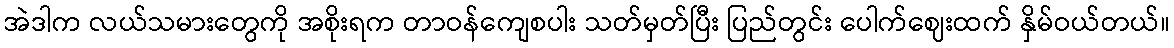
အဲဒါက လယ်သမားတွေကို အစိုးရက တာဝန်ကျေစပါး သတ်မှတ်ပြီး ပြည်တွင်း ပေါက်ဈေးထက် နှိမ်ဝယ်တယ်။